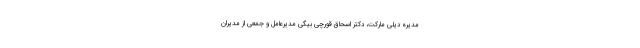
مدیره دیلی مارکت، دکتر اسحاق قورچی بیگی مدیرعامل و جمعی از مدیران